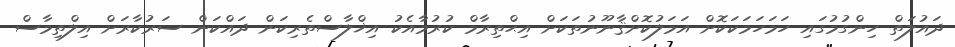
ދައުލަތް ހިންގުމުގައި ހަމަހަމަކަކޮށް އަމަލުކޮށްޤާނޫނުތަކަށް އިޙްތިރާމް ކުރުމާއެކު އިޚްލާސްތެރިކަން ދައްކަން ސަރުކާރަށް އިލްތިމާސް